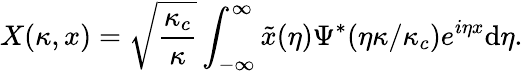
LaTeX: X(\kappa,x)=\sqrt{\frac{\kappa_{c}}{\kappa}}\int_{-\infty}^{\infty}\tilde{x}(\eta)\Psi^{*}(\eta\kappa/\kappa_{c})e^{i\eta x}\mathrm{d}\eta.